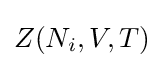
Z(N_{i},V,T)